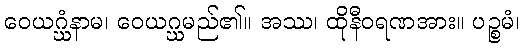
ဝေယဂ္ဃံနာမ၊ ဝေယဂ္ဃမည်၏။ အဿ၊ ထိုနီဝရဏအား။ ပဉ္စမံ၊